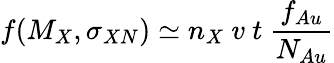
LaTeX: f(M_{X},\sigma_{XN})\simeq n_{X}\ v\ t\ \frac{f_{Au}}{N_{Au}}